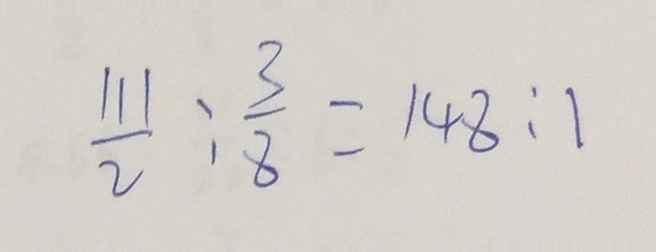
\frac { 1 1 1 } { 2 } : \frac { 3 } { 8 } = 1 4 8 : 1